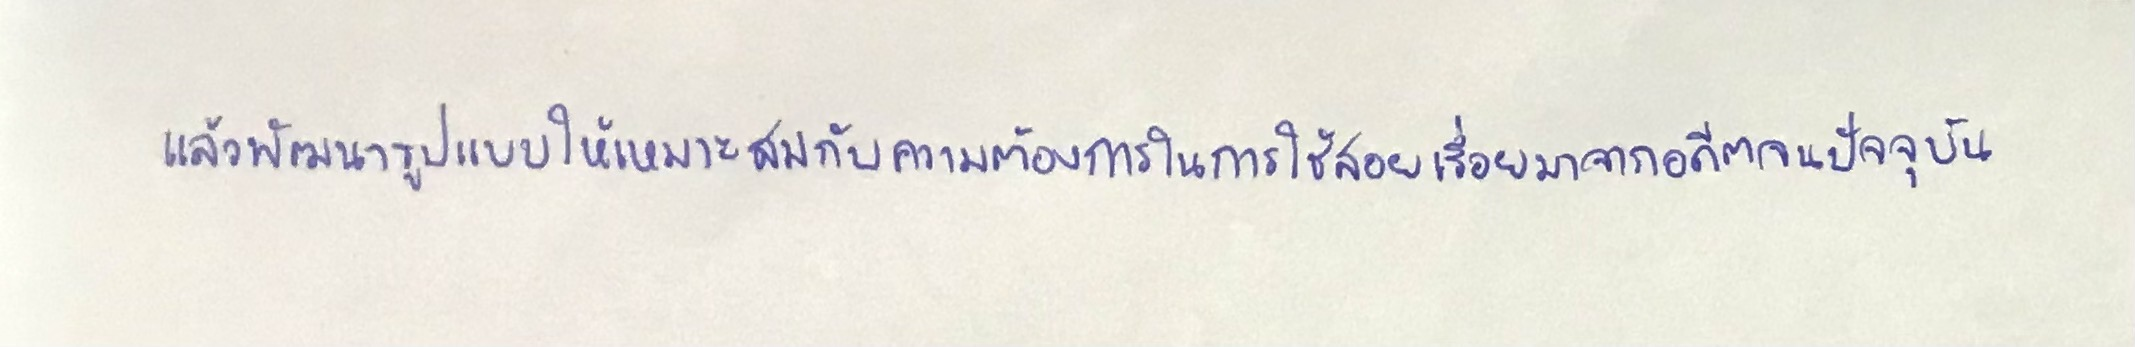
แล้วพัฒนารูปแบบให้เหมาะสมกับความต้องการในการใช้สอยเรื่อยมาจากอดีตจนปัจจุบัน